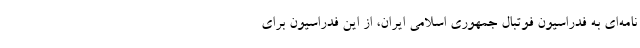
نامه‌ای به فدراسیون فوتبال جمهوری اسلامی ایران، از این فدراسیون برای